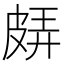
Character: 𤿬